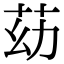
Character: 苭